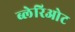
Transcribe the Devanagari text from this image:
ब्लेरिओट